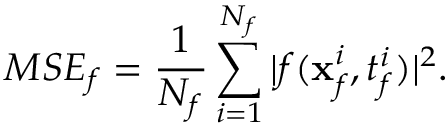
M S E _ { f } = \frac { 1 } { N _ { f } } \sum _ { i = 1 } ^ { N _ { f } } | f ( \mathbf { x } _ { f } ^ { i } , t _ { f } ^ { i } ) | ^ { 2 } .